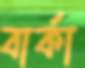
বার্কা